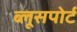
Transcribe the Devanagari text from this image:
ब्लूसपोर्ट